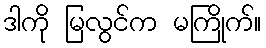
ဒါကို မြလွင်က မကြိုက်။